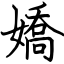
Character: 嬌